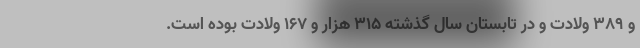
و ۳۸۹ ولادت و در تابستان سال گذشته ۳۱۵ هزار و ۱۶۷ ولادت بوده است.